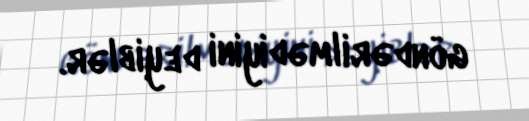
göndərilmədiyini deyiblər.